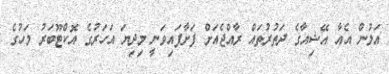
އަލުން އެއާ އޭޝިއާގެ ދަތުރުތައް ރާއްޖެއަށް ފަށާފައިވަނީ މިދިޔަ އަަހަރުގެ އޮކްޓޫބަރު މަހުގެ